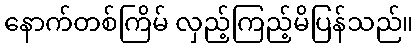
နောက်တစ်ကြိမ် လှည့်ကြည့်မိပြန်သည်။